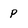
Character: p